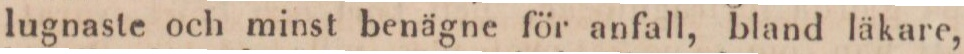
lugnaste och minst benägne för anfall, bland läkare,